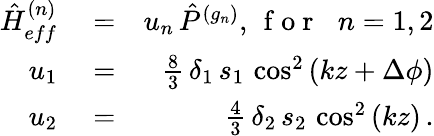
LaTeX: \begin{array}{rlr}{{\hat{H}}_{eff}^{(n)}}&{{}=}&{u_{n}\, {\hat{P}}^{(g_{n})},\, \mathrm{~f~o~r~}\, \, \; n=1,2}\\ {u_{1}}&{{}=}&{\frac{8}{3}\, \delta_{1}\, s_{1}\, \cos^{2}\left(kz+\Delta\phi\right)}\\ {u_{2}}&{{}=}&{\frac{4}{3}\, \delta_{2}\, s_{2}\, \cos^{2}\left(kz\right)\, .}\end{array}